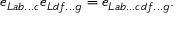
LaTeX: e _ { L a b . . . c } e _ { L d f . . . g } = e _ { L a b . . . c d f . . . g } . \nonumber